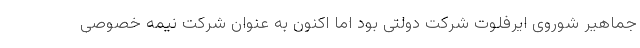
جماهیر شوروی ایرفلوت شرکت دولتی بود اما اکنون به عنوان شرکت نیمه خصوصی